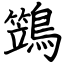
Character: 鷑